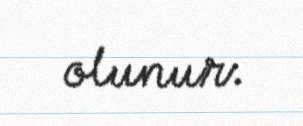
olunur.